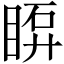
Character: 𥇼